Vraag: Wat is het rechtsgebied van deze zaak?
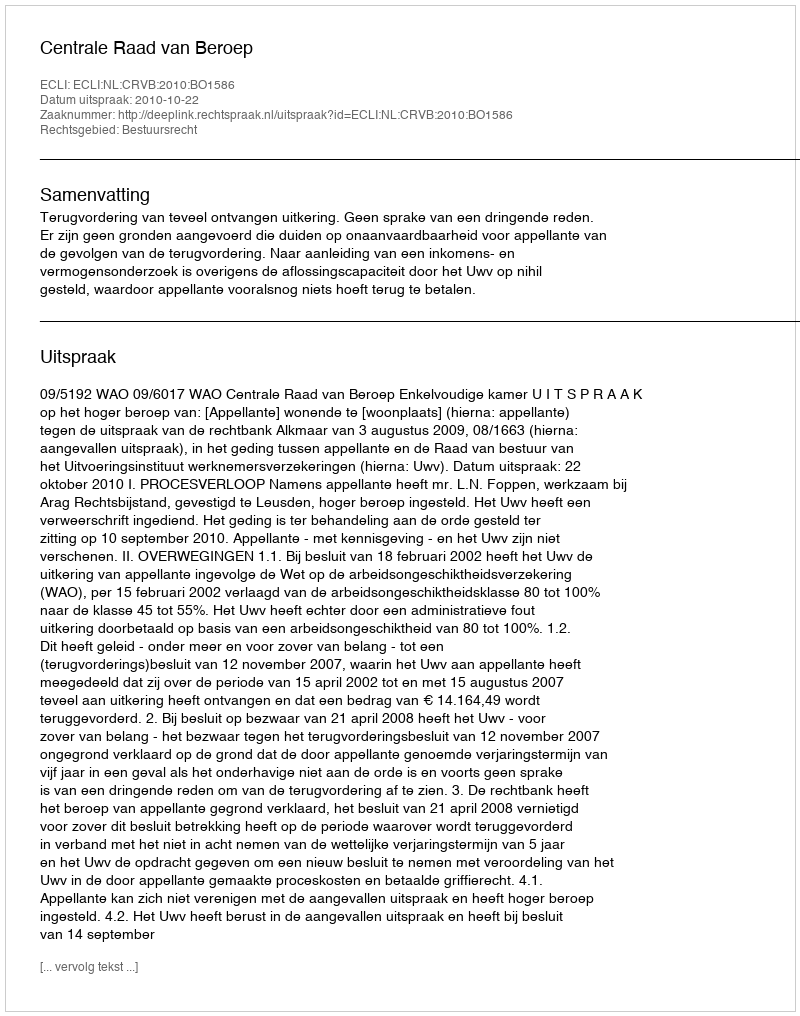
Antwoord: Bestuursrecht